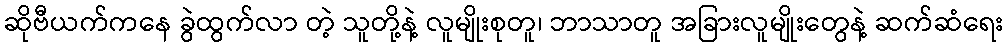
ဆိုဗီယက်ကနေ ခွဲထွက်လာ တဲ့ သူတို့နဲ့ လူမျိုးစုတူ၊ ဘာသာတူ အခြားလူမျိုးတွေနဲ့ ဆက်ဆံရေး